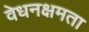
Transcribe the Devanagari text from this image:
वेधनक्षमता